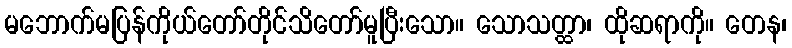
မဘောက်မပြန်ကိုယ်တော်တိုင်သိတော်မူပြီးသော။ သောသတ္ထာ၊ ထိုဆရာကို။ တေန၊